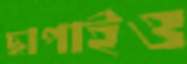
ছাপাইও